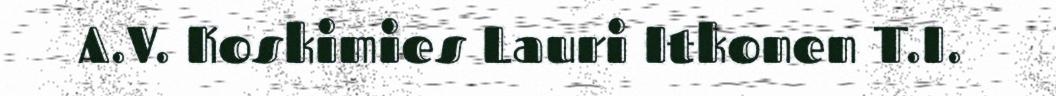
A.V. Koskimies Lauri Itkonen T.I.